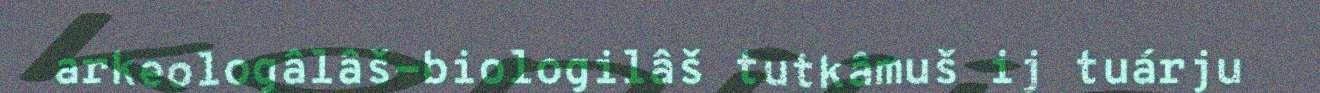
arkeologâlâš-biologilâš tutkâmuš ij tuárju